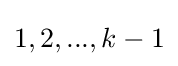
1,2,...,k-1